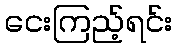
ငေးကြည့်ရင်း